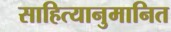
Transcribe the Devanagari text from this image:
साहित्यानुमानित